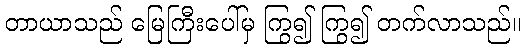
တာယာသည် မြေကြီးပေါ်မှ ကြွ၍ ကြွ၍ တက်လာသည်။